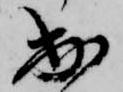
出